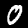
Digit: 0